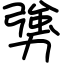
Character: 勥